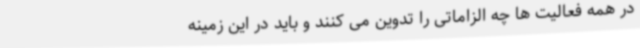
در همه فعالیت ها چه الزاماتی را تدوین می کنند و باید در این زمینه